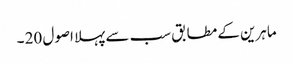
ماہرین کے مطابق سب سے پہلا اصول 20 ۔